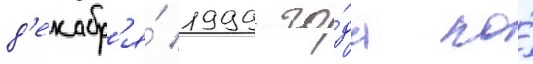
д'екабр'я́ 1999 го́да по́